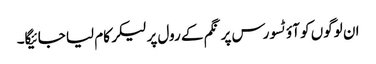
ان لوگوں کو آؤٹسورس پر نگم کے رول پر لیکر کام لیا جائیگا۔